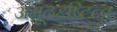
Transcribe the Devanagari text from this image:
अमूढदृष्टित्व